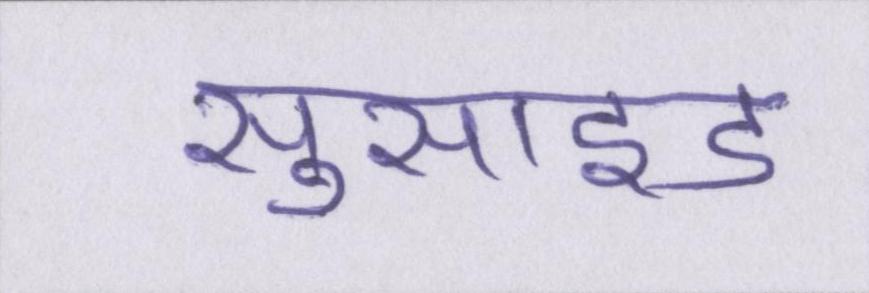
सुसाइड